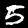
Digit: 5